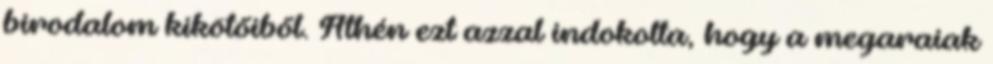
birodalom kikötőiből. Athén ezt azzal indokolta, hogy a megaraiak